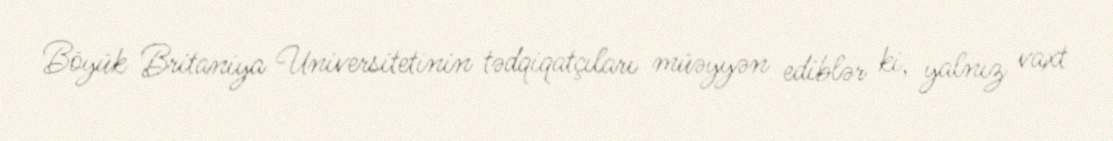
Böyük Britaniya Universitetinin tədqiqatçıları müəyyən ediblər ki, yalnız vaxt